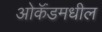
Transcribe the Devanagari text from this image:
ओकॅंडमधील